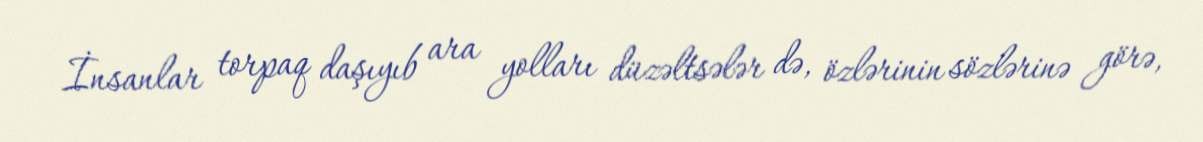
İnsanlar torpaq daşıyıb ara yolları düzəltsələr də, özlərinin sözlərinə görə,